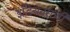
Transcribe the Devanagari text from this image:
इंडियनसची